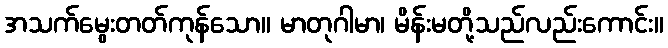
အသက်မွေးတတ်ကုန်သော။ မာတုဂါမာ၊ မိန်းမတို့သည်လည်းကောင်း။